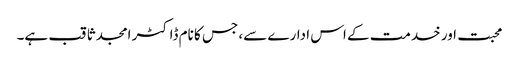
محبت اور خدمت کے اس ادارے سے، جس کا نام ڈاکٹر امجد ثاقب ہے۔